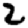
Digit: 2